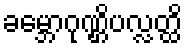
ခမ္ဘောဂုဏ္ဌိပလ္လတ္ထိ